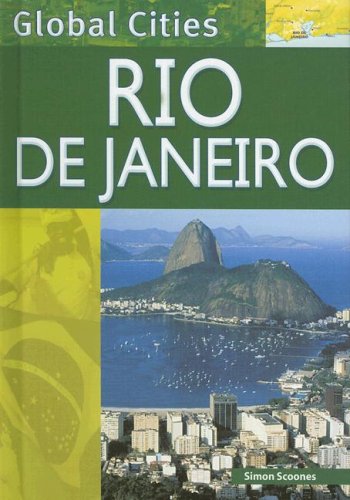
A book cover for Rio De Janeiro (Global Cities); Simon Scoones; Teen & Young Adult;